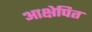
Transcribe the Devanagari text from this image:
आक्षेपित